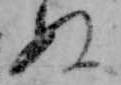
ぬ